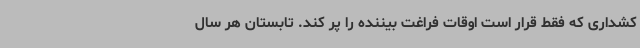
کشداری که فقط قرار است اوقات فراغت بیننده را پر کند. تابستان هر سال